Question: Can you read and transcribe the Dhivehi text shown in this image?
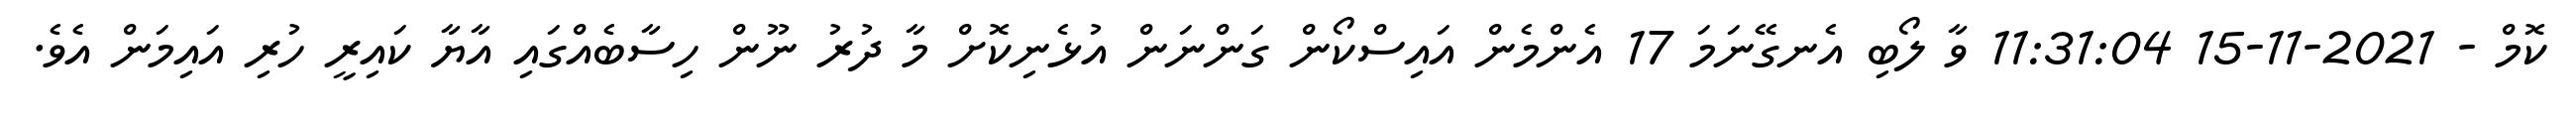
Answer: ކޮމް - 2021-11-15 11:31:04 ވާ ލޯބި އެނގޭނަމަ 17 އެންމެން އައިސްކޯން ގަންނަން އުޅެނިކޮށް މާ ދުރު ނޫން ހިސާބެއްގައި އާޔާ ކައިރީ ހުރި އައިމަން އެވެ.